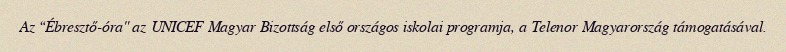
Az “Ébresztő-óra" az UNICEF Magyar Bizottság első országos iskolai programja, a Telenor Magyarország támogatásával.